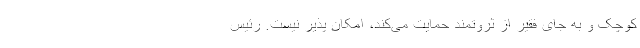
کوچک و به جای فقیر از ثروتمند حمایت می‌کند، امکان پذیر نیست. رئیس